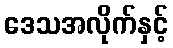
ဒေသအလိုက်နှင့်